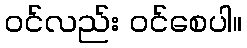
၀င်လည်း ဝင်စေပါ။